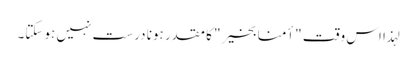
لہذا اس وقت "أمنا بخیر" کا مقدر ہونا درست نہیں ہوسکتا۔